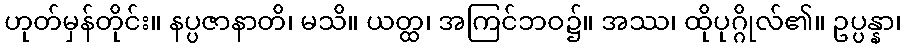
ဟုတ်မှန်တိုင်း။ နပ္ပဇာနာတိ၊ မသိ။ ယတ္ထ၊ အကြင်ဘဝ၌။ အဿ၊ ထိုပုဂ္ဂိုလ်၏။ ဥပ္ပန္နာ၊